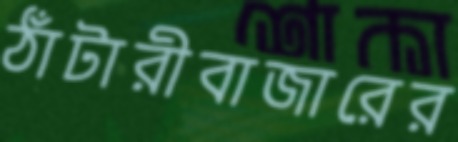
ঠাঁটারীবাজারের